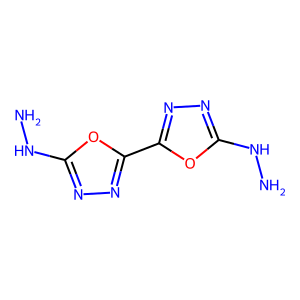
SMILES: NNc1nnc(-c2nnc(NN)o2)o1
Inhibits HIV replication: No